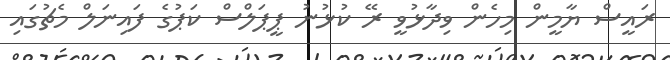
ރައީސް ޔާމީން މިހެން ވިދާޅުވީ ރޭ ކުޅުނު ޕީޕަލްސް ކަޕުގެ ފައިނަލް މެޗުގައި